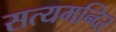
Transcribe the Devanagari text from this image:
सत्यमन्दिर